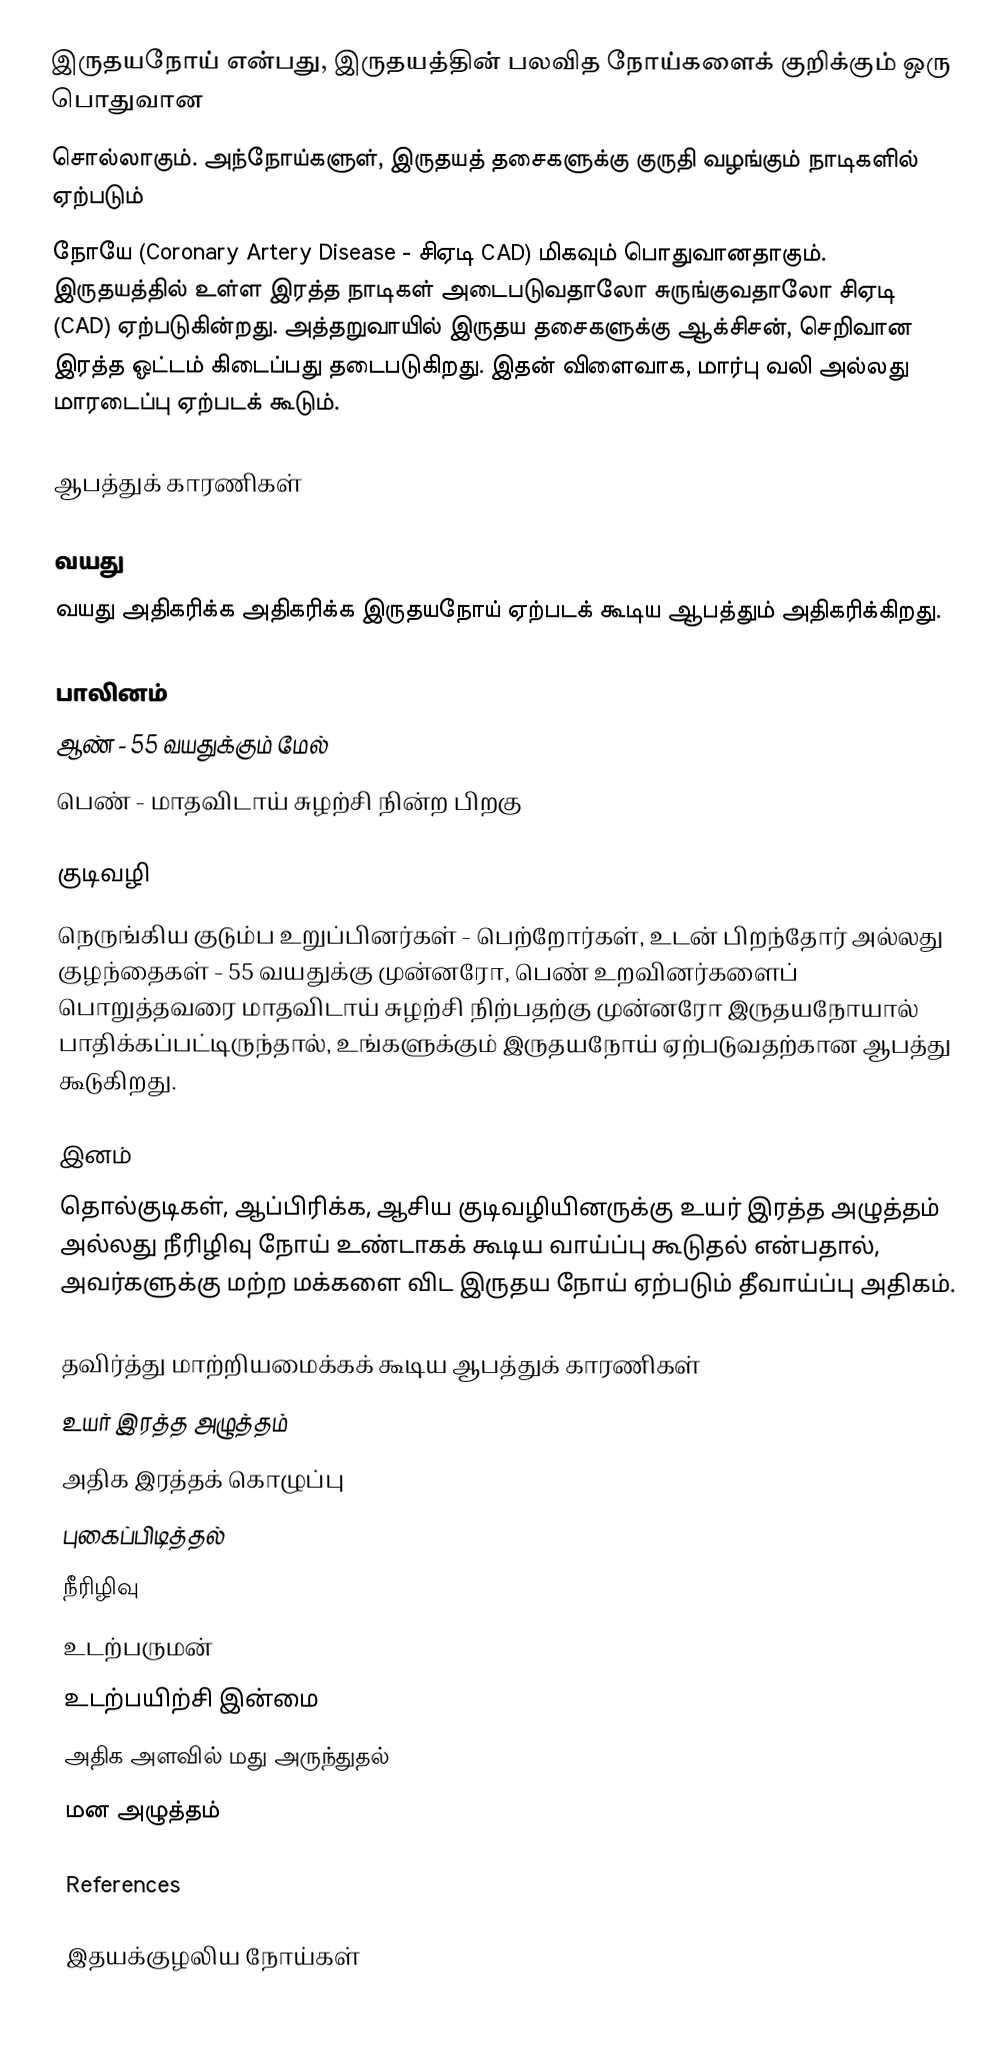
இருதயநோய் என்பது, இருதயத்தின் பலவித நோய்களைக் குறிக்கும் ஒரு பொதுவான
சொல்லாகும். அந்நோய்களுள், இருதயத் தசைகளுக்கு குருதி வழங்கும் நாடிகளில் ஏற்படும்
நோயே (Coronary Artery Disease - சிஏடி CAD) மிகவும் பொதுவானதாகும். இருதயத்தில் உள்ள இரத்த நாடிகள் அடைபடுவதாலோ சுருங்குவதாலோ சிஏடி (CAD) ஏற்படுகின்றது.  அத்தறுவாயில் இருதய தசைகளுக்கு ஆக்சிசன், செறிவான இரத்த ஓட்டம் கிடைப்பது தடைபடுகிறது. இதன் விளைவாக, மார்பு வலி அல்லது மாரடைப்பு ஏற்படக் கூடும்.

ஆபத்துக் காரணிகள்

வயது
வயது அதிகரிக்க அதிகரிக்க இருதயநோய் ஏற்படக் கூடிய ஆபத்தும் அதிகரிக்கிறது.

பாலினம்
 ஆண் - 55 வயதுக்கும் மேல்
 பெண் - மாதவிடாய் சுழற்சி நின்ற பிறகு

குடிவழி
நெருங்கிய குடும்ப உறுப்பினர்கள் - பெற்றோர்கள், உடன் பிறந்தோர் அல்லது குழந்தைகள் - 55 வயதுக்கு முன்னரோ, பெண் உறவினர்களைப் பொறுத்தவரை மாதவிடாய் சுழற்சி நிற்பதற்கு முன்னரோ இருதயநோயால் பாதிக்கப்பட்டிருந்தால், உங்களுக்கும் இருதயநோய் ஏற்படுவதற்கான ஆபத்து கூடுகிறது.

இனம்
தொல்குடிகள், ஆப்பிரிக்க, ஆசிய குடிவழியினருக்கு உயர் இரத்த அழுத்தம் அல்லது நீரிழிவு நோய் உண்டாகக் கூடிய வாய்ப்பு கூடுதல் என்பதால், அவர்களுக்கு மற்ற மக்களை விட இருதய நோய் ஏற்படும் தீவாய்ப்பு அதிகம்.

தவிர்த்து மாற்றியமைக்கக் கூடிய ஆபத்துக் காரணிகள்
 உயர் இரத்த அழுத்தம்
 அதிக இரத்தக் கொழுப்பு
 புகைப்பிடித்தல்
 நீரிழிவு
 உடற்பருமன்
 உடற்பயிற்சி இன்மை
 அதிக அளவில் மது அருந்துதல்
 மன அழுத்தம்

References

இதயக்குழலிய நோய்கள்